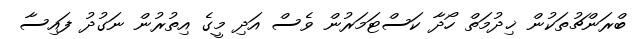
ބްރަންޗުތަކުން ޚިދުމަތް ހޯދާ ކަސްޓަމަރުން ވެސް އަދި މީގެ އިތުރުން ނަގުދު ފައިސާ